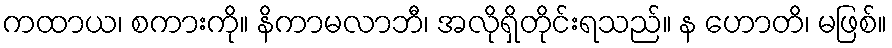
ကထာယ၊ စကားကို။ နိကာမလာဘီ၊ အလိုရှိတိုင်းရသည်။ န ဟောတိ၊ မဖြစ်။